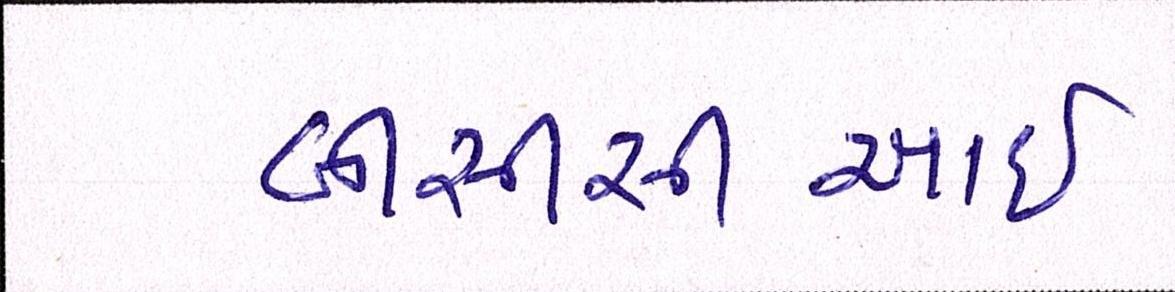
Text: બીસીસીઆઇ